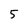
Character: 5